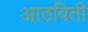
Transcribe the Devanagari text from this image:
आठविती